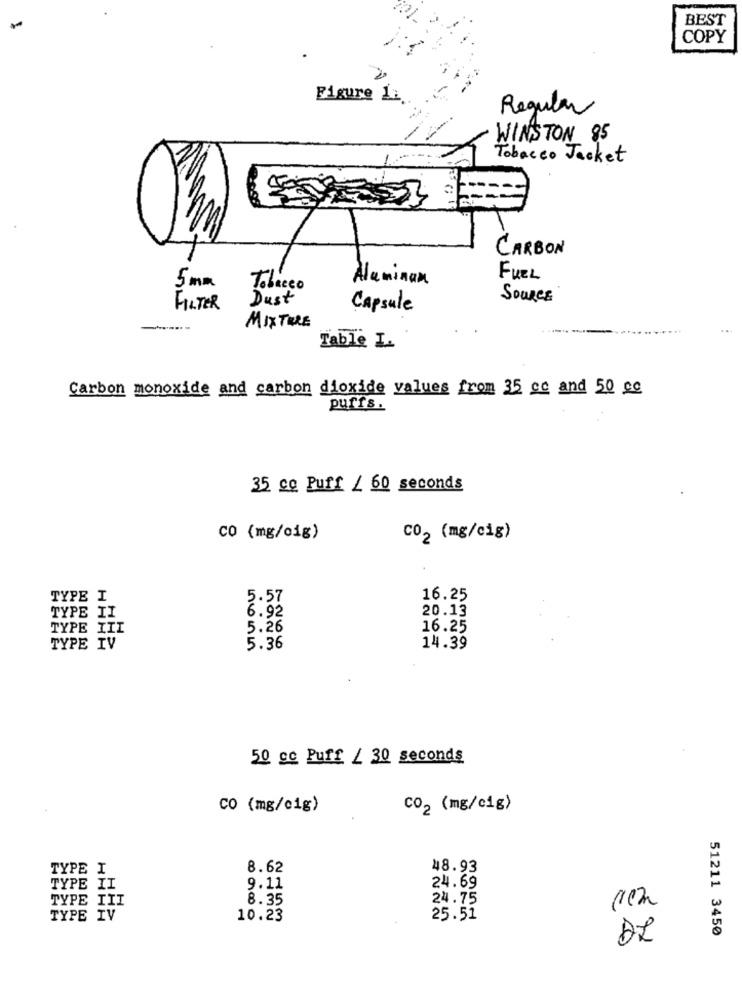
BEST
COPY
Figure 12
Regular
WINSTON 85
Tobacco Jacket
3
CARBON
5 mm
Aluminum
FUEL
Tobacco
Dust
SOURCE
FILTER
Capsule
MIXTURE
Table I.
Carbon monoxide and carbon dioxide values from 35 cc and 50 cc
puffs.
35 co Puff / 60 seconds
CO (mg/oig)
CO2 (mg/cig)
TYPE I
5.57
16.25
6.92
20.13
TYPE II
TYPE III
5.26
16.25
TYPE IV
5.36
14.39
50 cc Puff / 30 seconds
CO (mg/c1g)
CO2 (mg/cig)
TYPE I
8.62
48.93
TYPE II
9.11
24.69
TYPE III
8.35
24.75
TYPE IV
10.23
25.51
51211 3450
DI